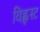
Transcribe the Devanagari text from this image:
विह्लस्ट